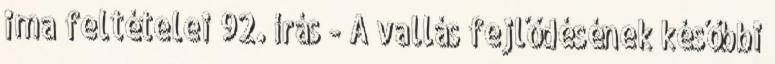
ima feltételei 92. írás - A vallás fejlődésének későbbi